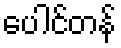
ပေါင်တန်